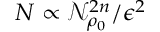
N \propto \mathcal { N } _ { \rho _ { 0 } } ^ { 2 n } / \epsilon ^ { 2 }